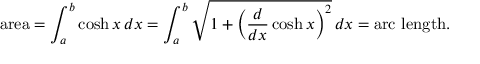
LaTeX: { \mathrm { a r e a } } = \int _ { a } ^ { b } \cosh x \, d x = \int _ { a } ^ { b } { \sqrt { 1 + \left( { \frac { d } { d x } } \cosh x \right) ^ { 2 } } } \, d x = { \mathrm { a r c ~ l e n g t h . } }